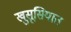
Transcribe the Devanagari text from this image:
खुसूसियात